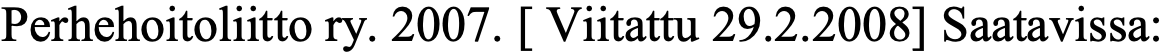
Perhehoitoliitto ry. 2007. [ Viitattu 29.2.2008] Saatavissa: